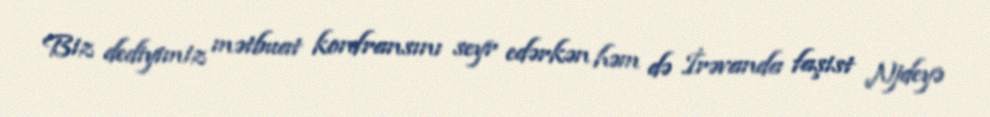
Biz dediyimiz mətbuat konfransını seyr edərkən həm də İrəvanda faşist Njdeyə